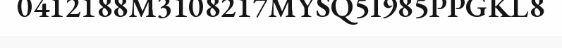
0412188M3108217MYSQ5I985PPGKL8